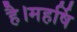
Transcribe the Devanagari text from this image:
है।महर्षि